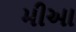
મીઆ